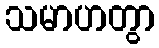
သမာဟတွာ